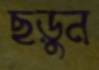
ছড়ুন